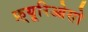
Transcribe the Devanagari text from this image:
फ़्यूरिओसो